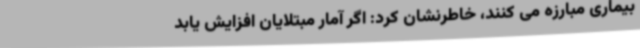
بیماری مبارزه می کنند، خاطرنشان کرد: اگر آمار مبتلایان افزایش یابد